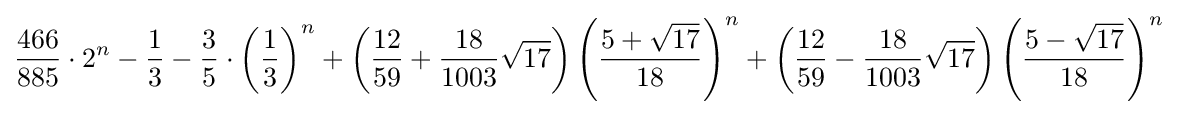
{\frac {466}{885}}\cdot 2^{n}-{\frac {1}{3}}-{\frac {3}{5}}\cdot \left({\frac {1}{3}}\right)^{n}+\left({\frac {12}{59}}+{\frac {18}{1003}}{\sqrt {17}}\right)\left({\frac {5+{\sqrt {17}}}{18}}\right)^{n}+\left({\frac {12}{59}}-{\frac {18}{1003}}{\sqrt {17}}\right)\left({\frac {5-{\sqrt {17}}}{18}}\right)^{n}